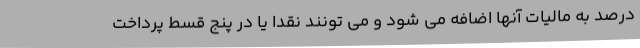
درصد به مالیات آنها اضافه می شود و می تونند نقدا یا در پنج قسط پرداخت